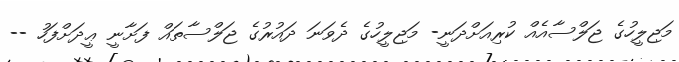
މަޖިލީހުގެ ޖަލްސާއެއް ކުރިއަށްދަނީ- މަޖިލީހުގެ ދެވަނަ ދައުރުގެ ޖަލްސާތައް ފަށާނީ ޢީދަށްފަހު --